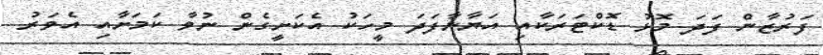
ފަރުޒާން ފަދަ މޮޅު ޑޮކްޓަރަކާއި އަޔާނާފަދަ މީހަކު އެކަށީގެން ނުވާ ކަމަށާއި އެވަރު